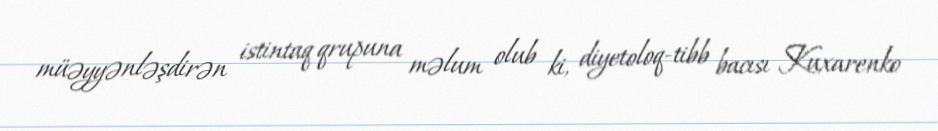
müəyyənləşdirən istintaq qrupuna məlum olub ki, diyetoloq-tibb bacısı Kuxarenko